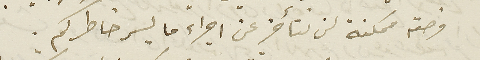
فرصة ممكنة لن نتأخر عن اجراء ما يسر خاطركم..